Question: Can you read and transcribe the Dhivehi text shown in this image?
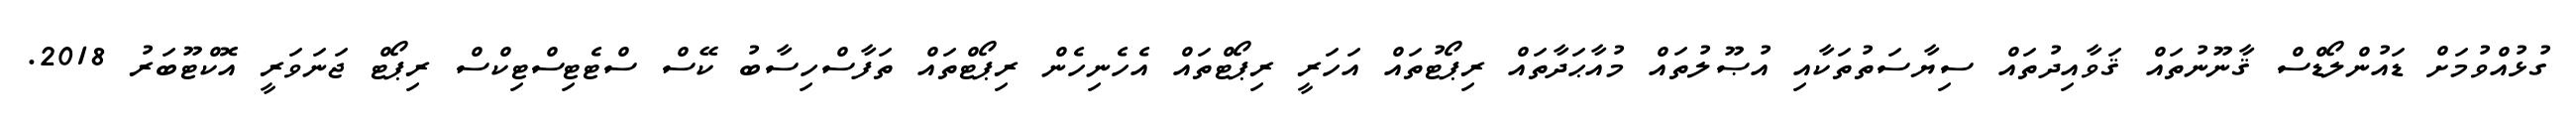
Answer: ގުޅުއްވުމަށް ޑައުންލޯޑްސް ޤާނޫނުތައް ޤަވާއިދުތައް ސިޔާސަތުތަކާއި އުޞޫލުތައް މުއާޙަދާތައް ރިޕޯޓުތައް އަހަރީ ރިޕޯޓްތައް އެހެނިހެން ރިޕޯޓްތައް ތަފާސްހިސާބު ކޭސް ސްޓެޓިސްޓިކްސް ރިޕޯޓް ޖަނަވަރީ އޮކްޓޫބަރު 2018.